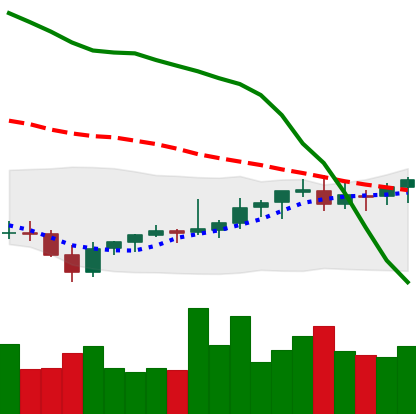
Ticker: EOS-USD
Chart end date: 2021-08-05
Forward return: 9.674%
Label: up_7plus